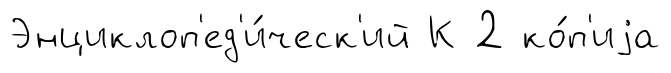
Энциклоп'ед'и́ческ'ий К 2 ко́п'иjа